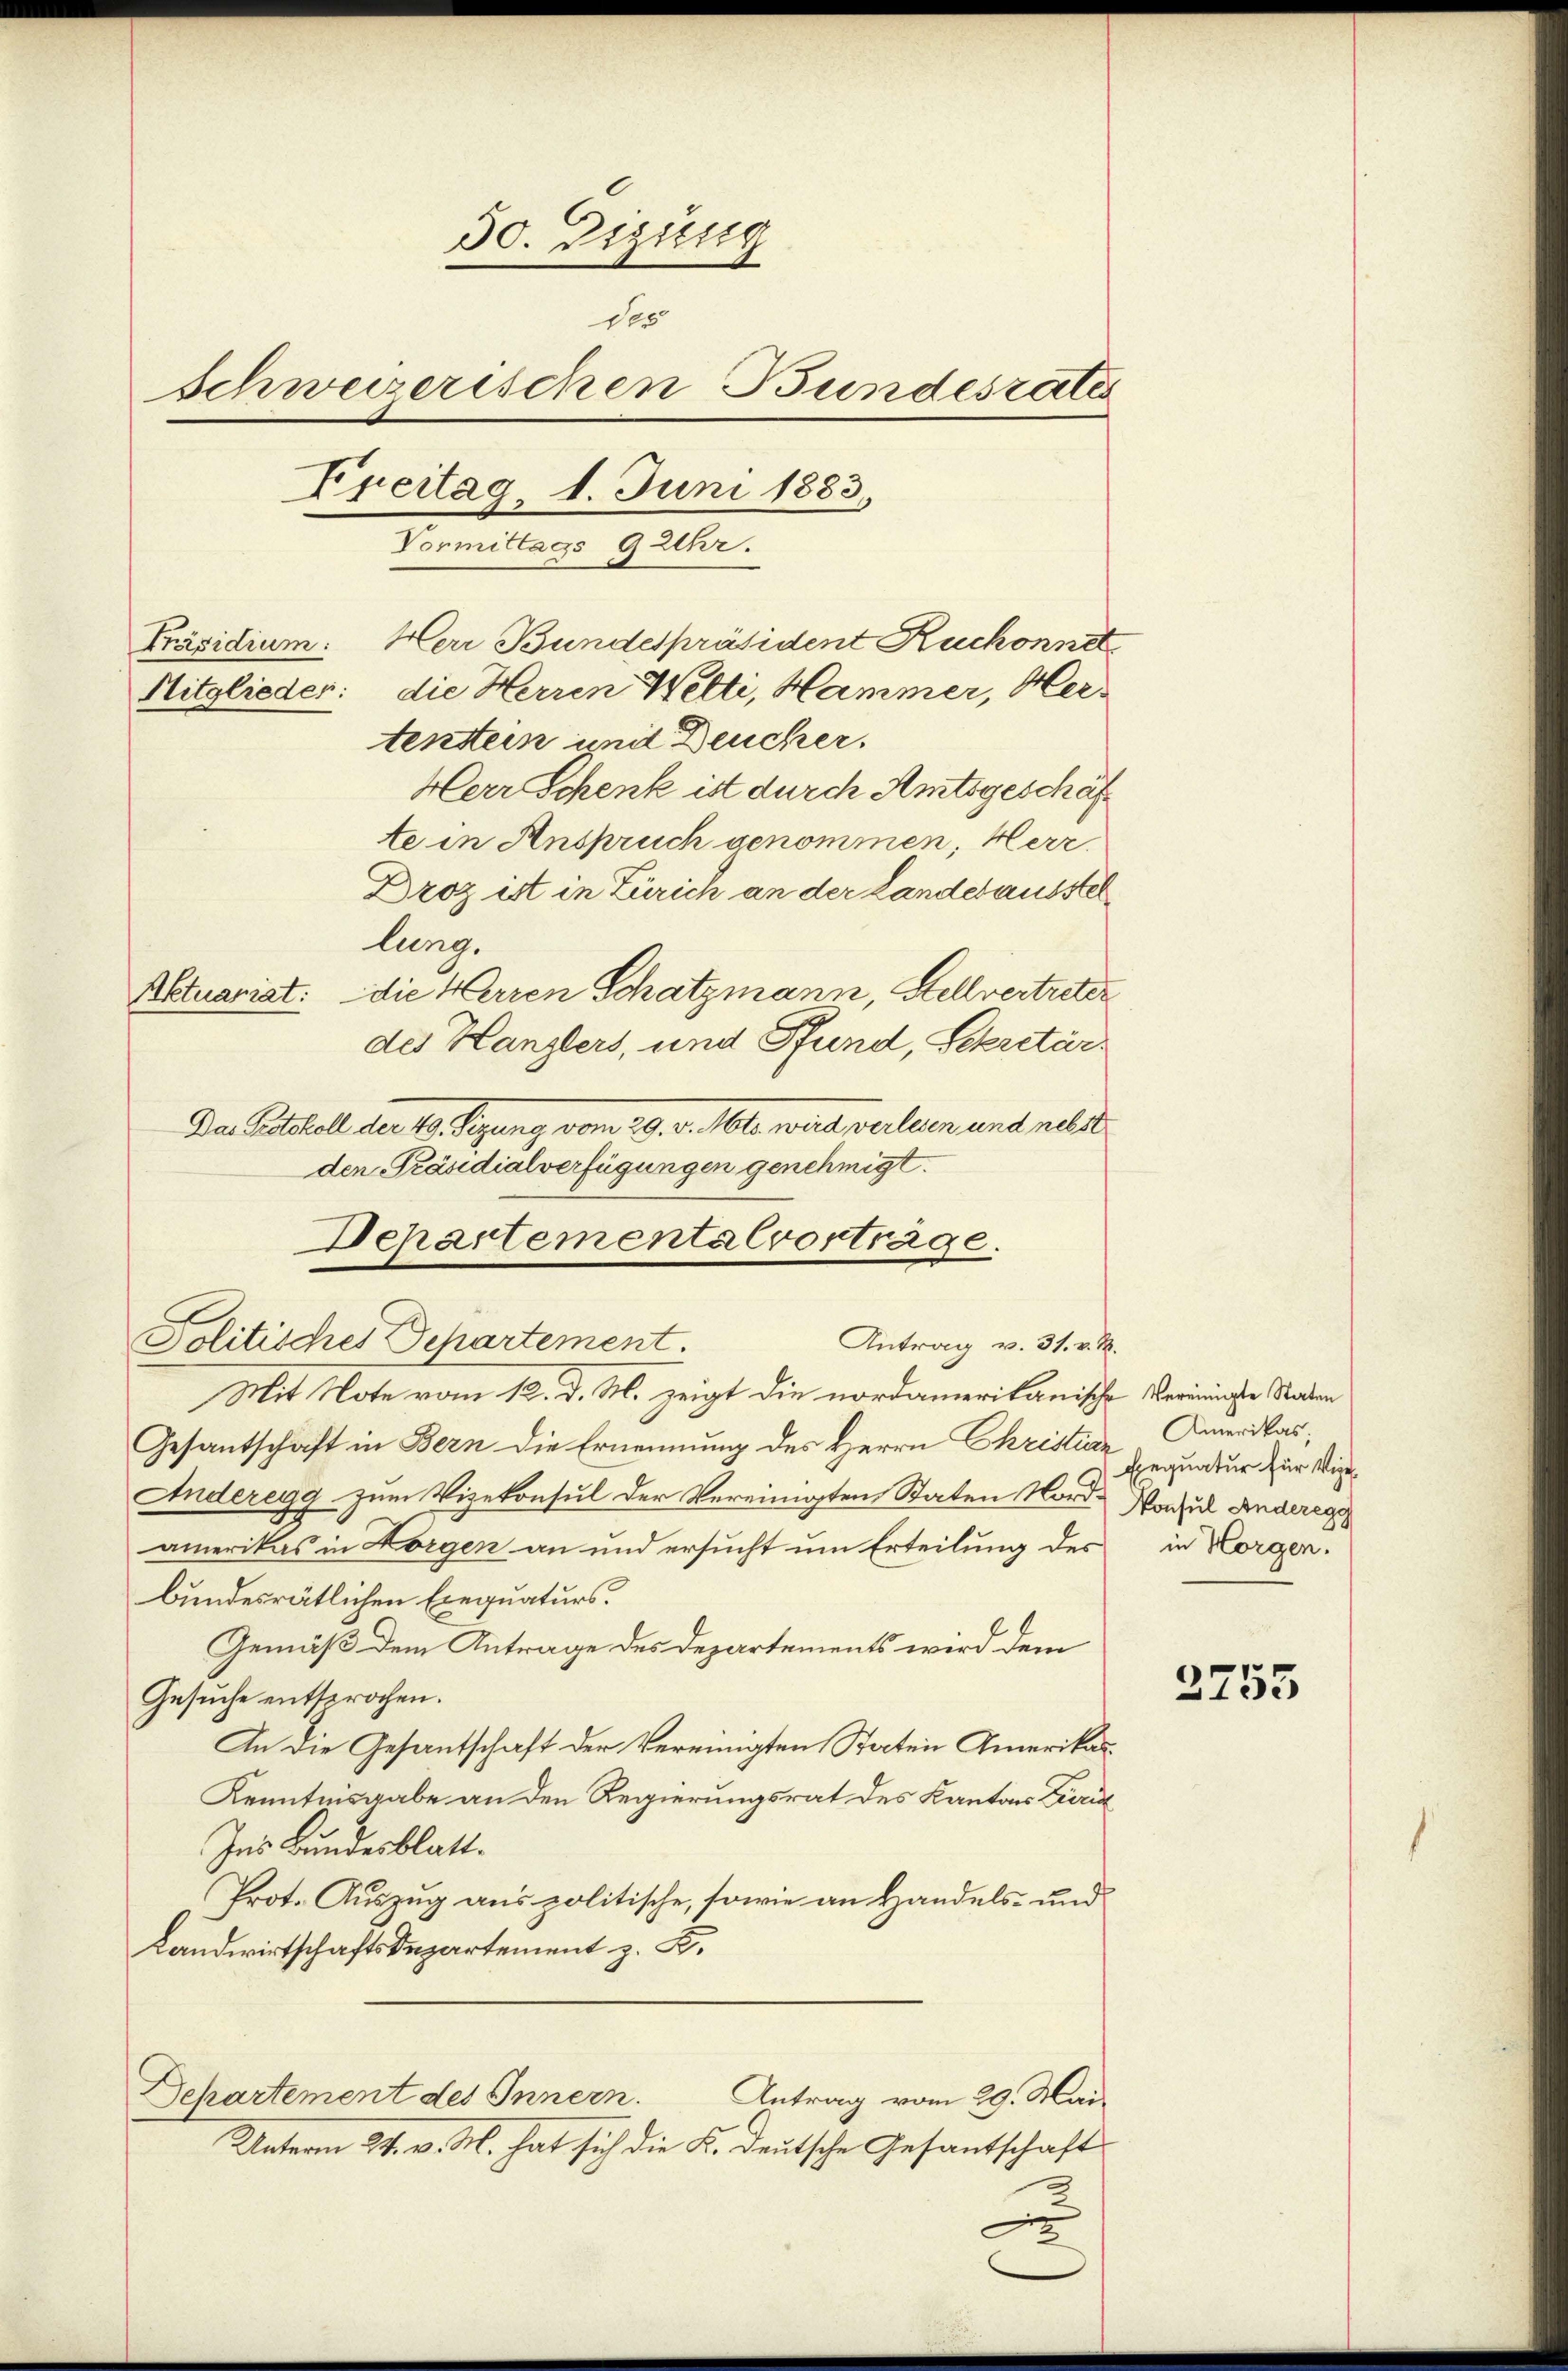
50. Dizung
des
schweizerischen Bundesrates
Excitag, 1. Juni 1883.
Vormittags 9 Uhr.
Präsidium. Herr Bundespräsident Ruckonnet
Mitglieder: die Herren Welti, Hammer, Hertenstein und Deucher.
Herr Schenk ist durch Amtsgeschäft
te in Anspruch genommen, Herr.
Droz ist in Zürich an der Landesausstel

lung.
Aktuarist: die Herren Schatzmann, Stellvertreter
des Kanzlers, und Pfund, Sekretär
Das Petskoll der 10. Segung vom 29. v. Mts. wird verlesen und meldt
den Präsidialverfügungen genehmigt.
Departementalvorträge.

Politisches Departement.
Antrag v. 31. v. R.

Mit Note vom 12. d. M. zeigt die nordamerikanische Vereinigte Raten
Gesantschäft in Bern die Ernennung des Herrn Christiar Amerikas¬
Anderegg zum Vizekonsul der Vereinigten Staten Nordamerikas in Horgen an und ersucht um Erteilung des
bundesrätlichen Exequaturs.
Gemäß dem Antrage des Departements wird dem
Gesuche entsprochen.
An die Gesantschaft der Vereinigten Staaten Amerikas
Kenntnisgabe an den Regierungsrat des Kantons Züri
Ins Bundesblatt.
Prot. Auszug aus politische, sowie an Handels- und
Landwirtschaftsdepartement z. K.
Departement des Innern.
Antrag vom 29. Mai
Unterm 24. v. M. hat sich die K. Deutsche Gesantschaft

Exequatur für Vige¬
Konsul Anderegg
in Horgen.

2755